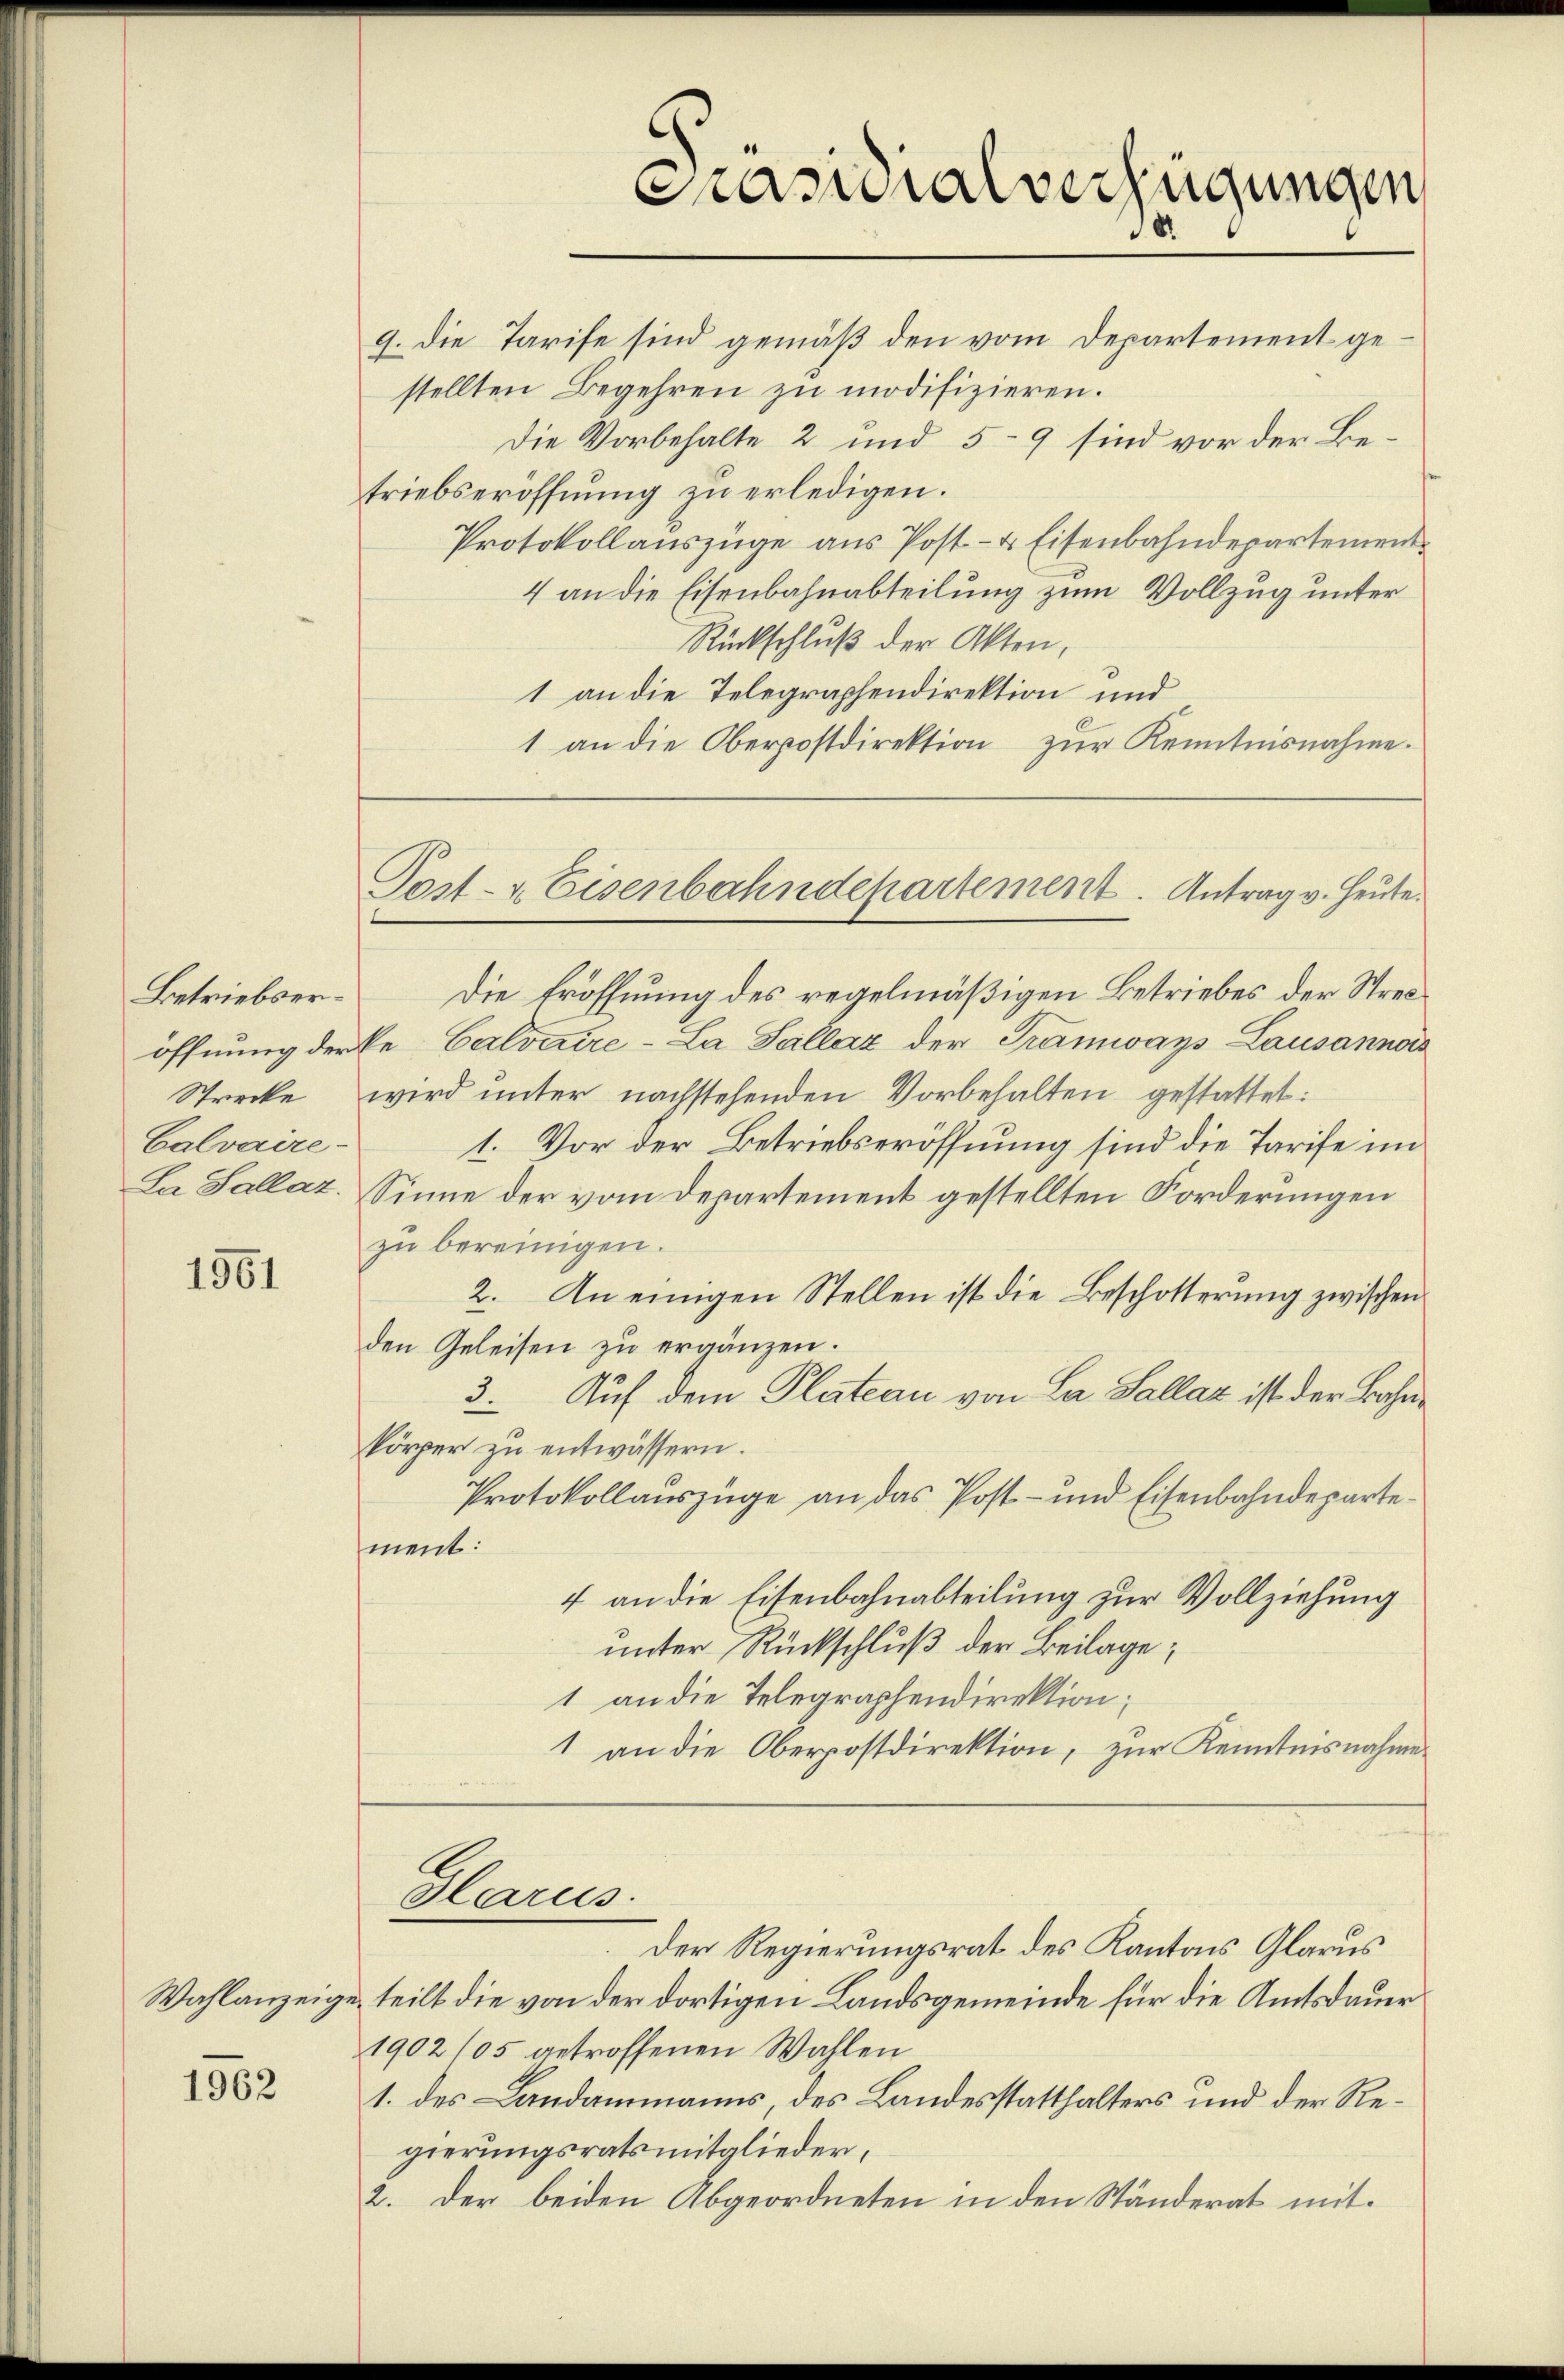
Betriebser¬
Strecke
Calvaire-

1961

1962

Präsidialverfügungen

Post- & Eisenbahndepartement. Antrag v. Heute.

9. Die Tarife sind gemäß den vom Departement gestellten Begehren zu modifizieren.
Die Vorbehalte 2 und 5–9 sind vor der Betriebseröffnung zu erledigen.
Protokollauszüge aus Post- & Eisenbahndepartement
4 an die Eisenbahnabteilung zum Vollzug unter
Rückschluß der Akten,
1 an die Telegraphendirektion und
1 an die Oberpostdirektion zŭr Kenntnisnahme.
Die Eröffnung des regelmäßigen Betriebes der Streiöffnung derke Calvicire-La Sallaz der Tramways Lausannes
wird unter nachstehenden Vorbehalten gestattet:
1. Vor der Betriebseröffnung sind die Tarife im
La Sallaz. Sinne der vom Departement gestellten Forderungen
zu bereinigen.
2. An einigen Stellen ist die Beschotterung zwischen
den Geleisen zu ergänzen.
3. Auf dem Plateau von La Sallaz ist der Bahnkörper zu entwässern.
Protokollauszüge an das Post- und Eisenbahndepartement:
4 an die Eisenbahnabteilung zur Vollziehung
unter Rückschluß der Beilage;
1 an die Telegraphendirektion;
1 an die Oberpostdirektion, zŭr Kenntnisnahme
Glarus.
Der Regierungsrat des Kantons Glarus
Wahlanzeige, teilt die von der dortigen Landsgemeinde für die Amtsdauer
1902/05 getroffenen Wahlen
1. des Landammanns, des Landesstatthalters und der Regierungsratsmitglieder,
2. der beiden Abgeordneten in den Ständerat mit¬